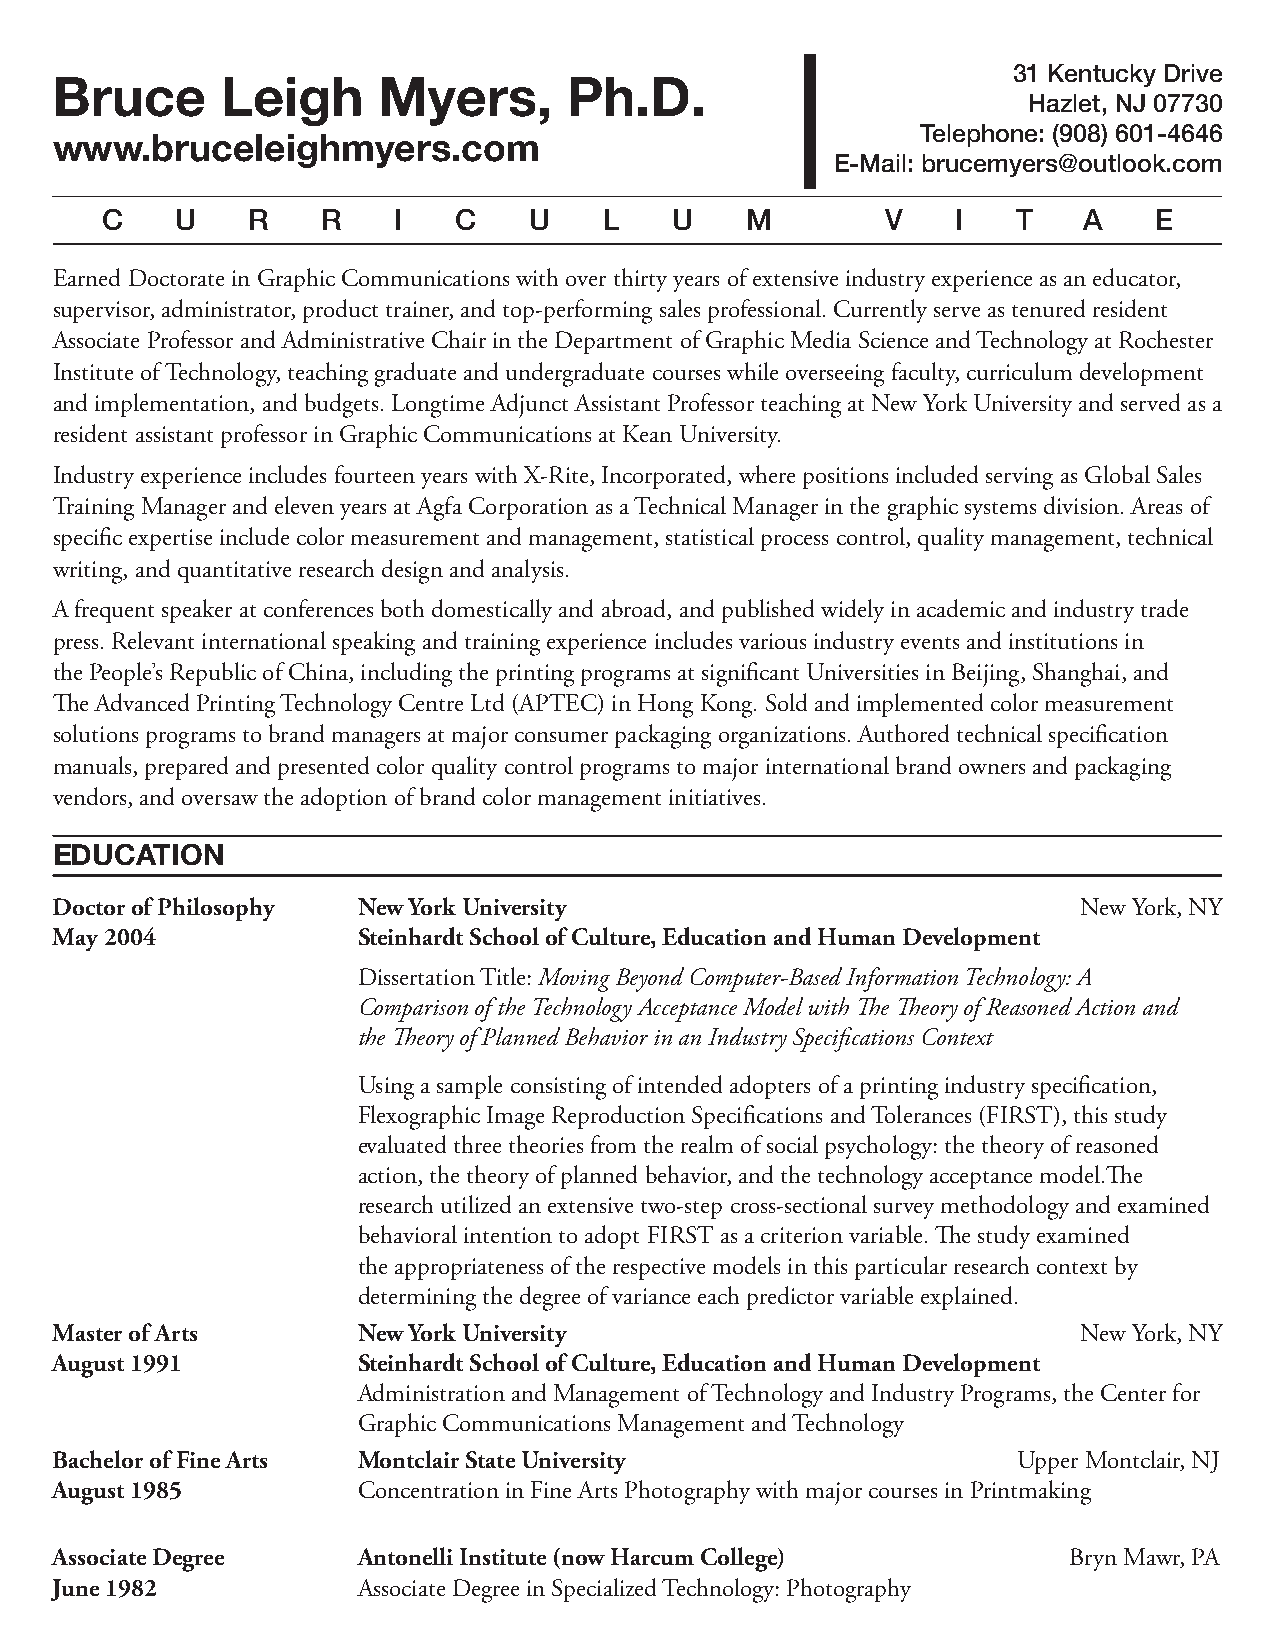
31 Kentucky Drive
 Bruce       Leigh     Myers,       Ph.D.
 Hazlet, NJ 07730
 Telephone: (908) 601-4646
 www.bruceleighmyers.com
 E-Mail: brucemyers@outlook.com
 C    U    R   R    I   C    U    L    U   M         V   I   T    A   E
 Earned Doctorate in Graphic Communications with over thirty years of extensive industry experience as an educator,
 supervisor, administrator, product trainer, and top-performing sales professional. Currently serve as tenured resident
 Associate Professor and Administrative Chair in the Department of Graphic Media Science and Technology at Rochester
 Institute of Technology, teaching graduate and undergraduate courses while overseeing faculty, curriculum development
 and implementation, and budgets. Longtime Adjunct Assistant Professor teaching at New York University and served as a
 resident assistant professor in Graphic Communications at Kean University.
 Industry experience includes fourteen years with X-Rite, Incorporated, where positions included serving as Global Sales
 Training Manager and eleven years at Agfa Corporation as a Technical Manager in the graphic systems division. Areas of
 specific expertise include color measurement and management, statistical process control, quality management, technical
 writing, and quantitative research design and analysis.
 A frequent speaker at conferences both domestically and abroad, and published widely in academic and industry trade
 press. Relevant international speaking and training experience includes various industry events and institutions in
 the People’s Republic of China, including the printing programs at significant Universities in Beijing, Shanghai, and
 The Advanced Printing Technology Centre Ltd (APTEC) in Hong Kong. Sold and implemented color measurement
 solutions programs to brand managers at major consumer packaging organizations. Authored technical specification
 manuals, prepared and presented color quality control programs to major international brand owners and packaging
 vendors, and oversaw the adoption of brand color management initiatives.
 EDUCATION
 Doctor of Philosophy New York University                             New York, NY
 May 2004             Steinhardt School of Culture, Education and Human Development
 Dissertation Title: Moving Beyond Computer-Based Information Technology: A
 Comparison of the Technology Acceptance Model with The Theory of Reasoned Action and
 the Theory of Planned Behavior in an Industry Specifications Context
 Using a sample consisting of intended adopters of a printing industry specification,
 Flexographic Image Reproduction Specifications and Tolerances (FIRST), this study
 evaluated three theories from the realm of social psychology: the theory of reasoned
 action, the theory of planned behavior, and the technology acceptance model.The
 research utilized an extensive two-step cross-sectional survey methodology and examined
 behavioral intention to adopt FIRST as a criterion variable. The study examined
 the appropriateness of the respective models in this particular research context by
 determining the degree of variance each predictor variable explained.
 Master of Arts       New York University                             New York, NY
 August 1991          Steinhardt School of Culture, Education and Human Development
 Administration and Management of Technology and Industry Programs, the Center for
 Graphic Communications Management and Technology
 Bachelor of Fine Arts Montclair State University                Upper Montclair, NJ
 August 1985          Concentration in Fine Arts Photography with major courses in Printmaking
 Associate Degree     Antonelli Institute (now Harcum College)       Bryn Mawr, PA
 June 1982            Associate Degree in Specialized Technology: Photography